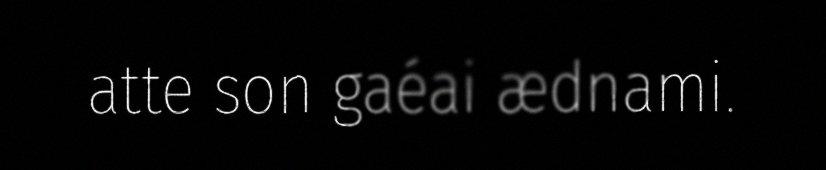
atte son gaéai ædnami.